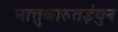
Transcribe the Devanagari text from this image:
नात्तुकारुतईयुन